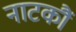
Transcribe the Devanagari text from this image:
नाटकौं